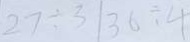
2 7 \div 3 3 6 \div 4